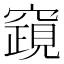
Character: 竀